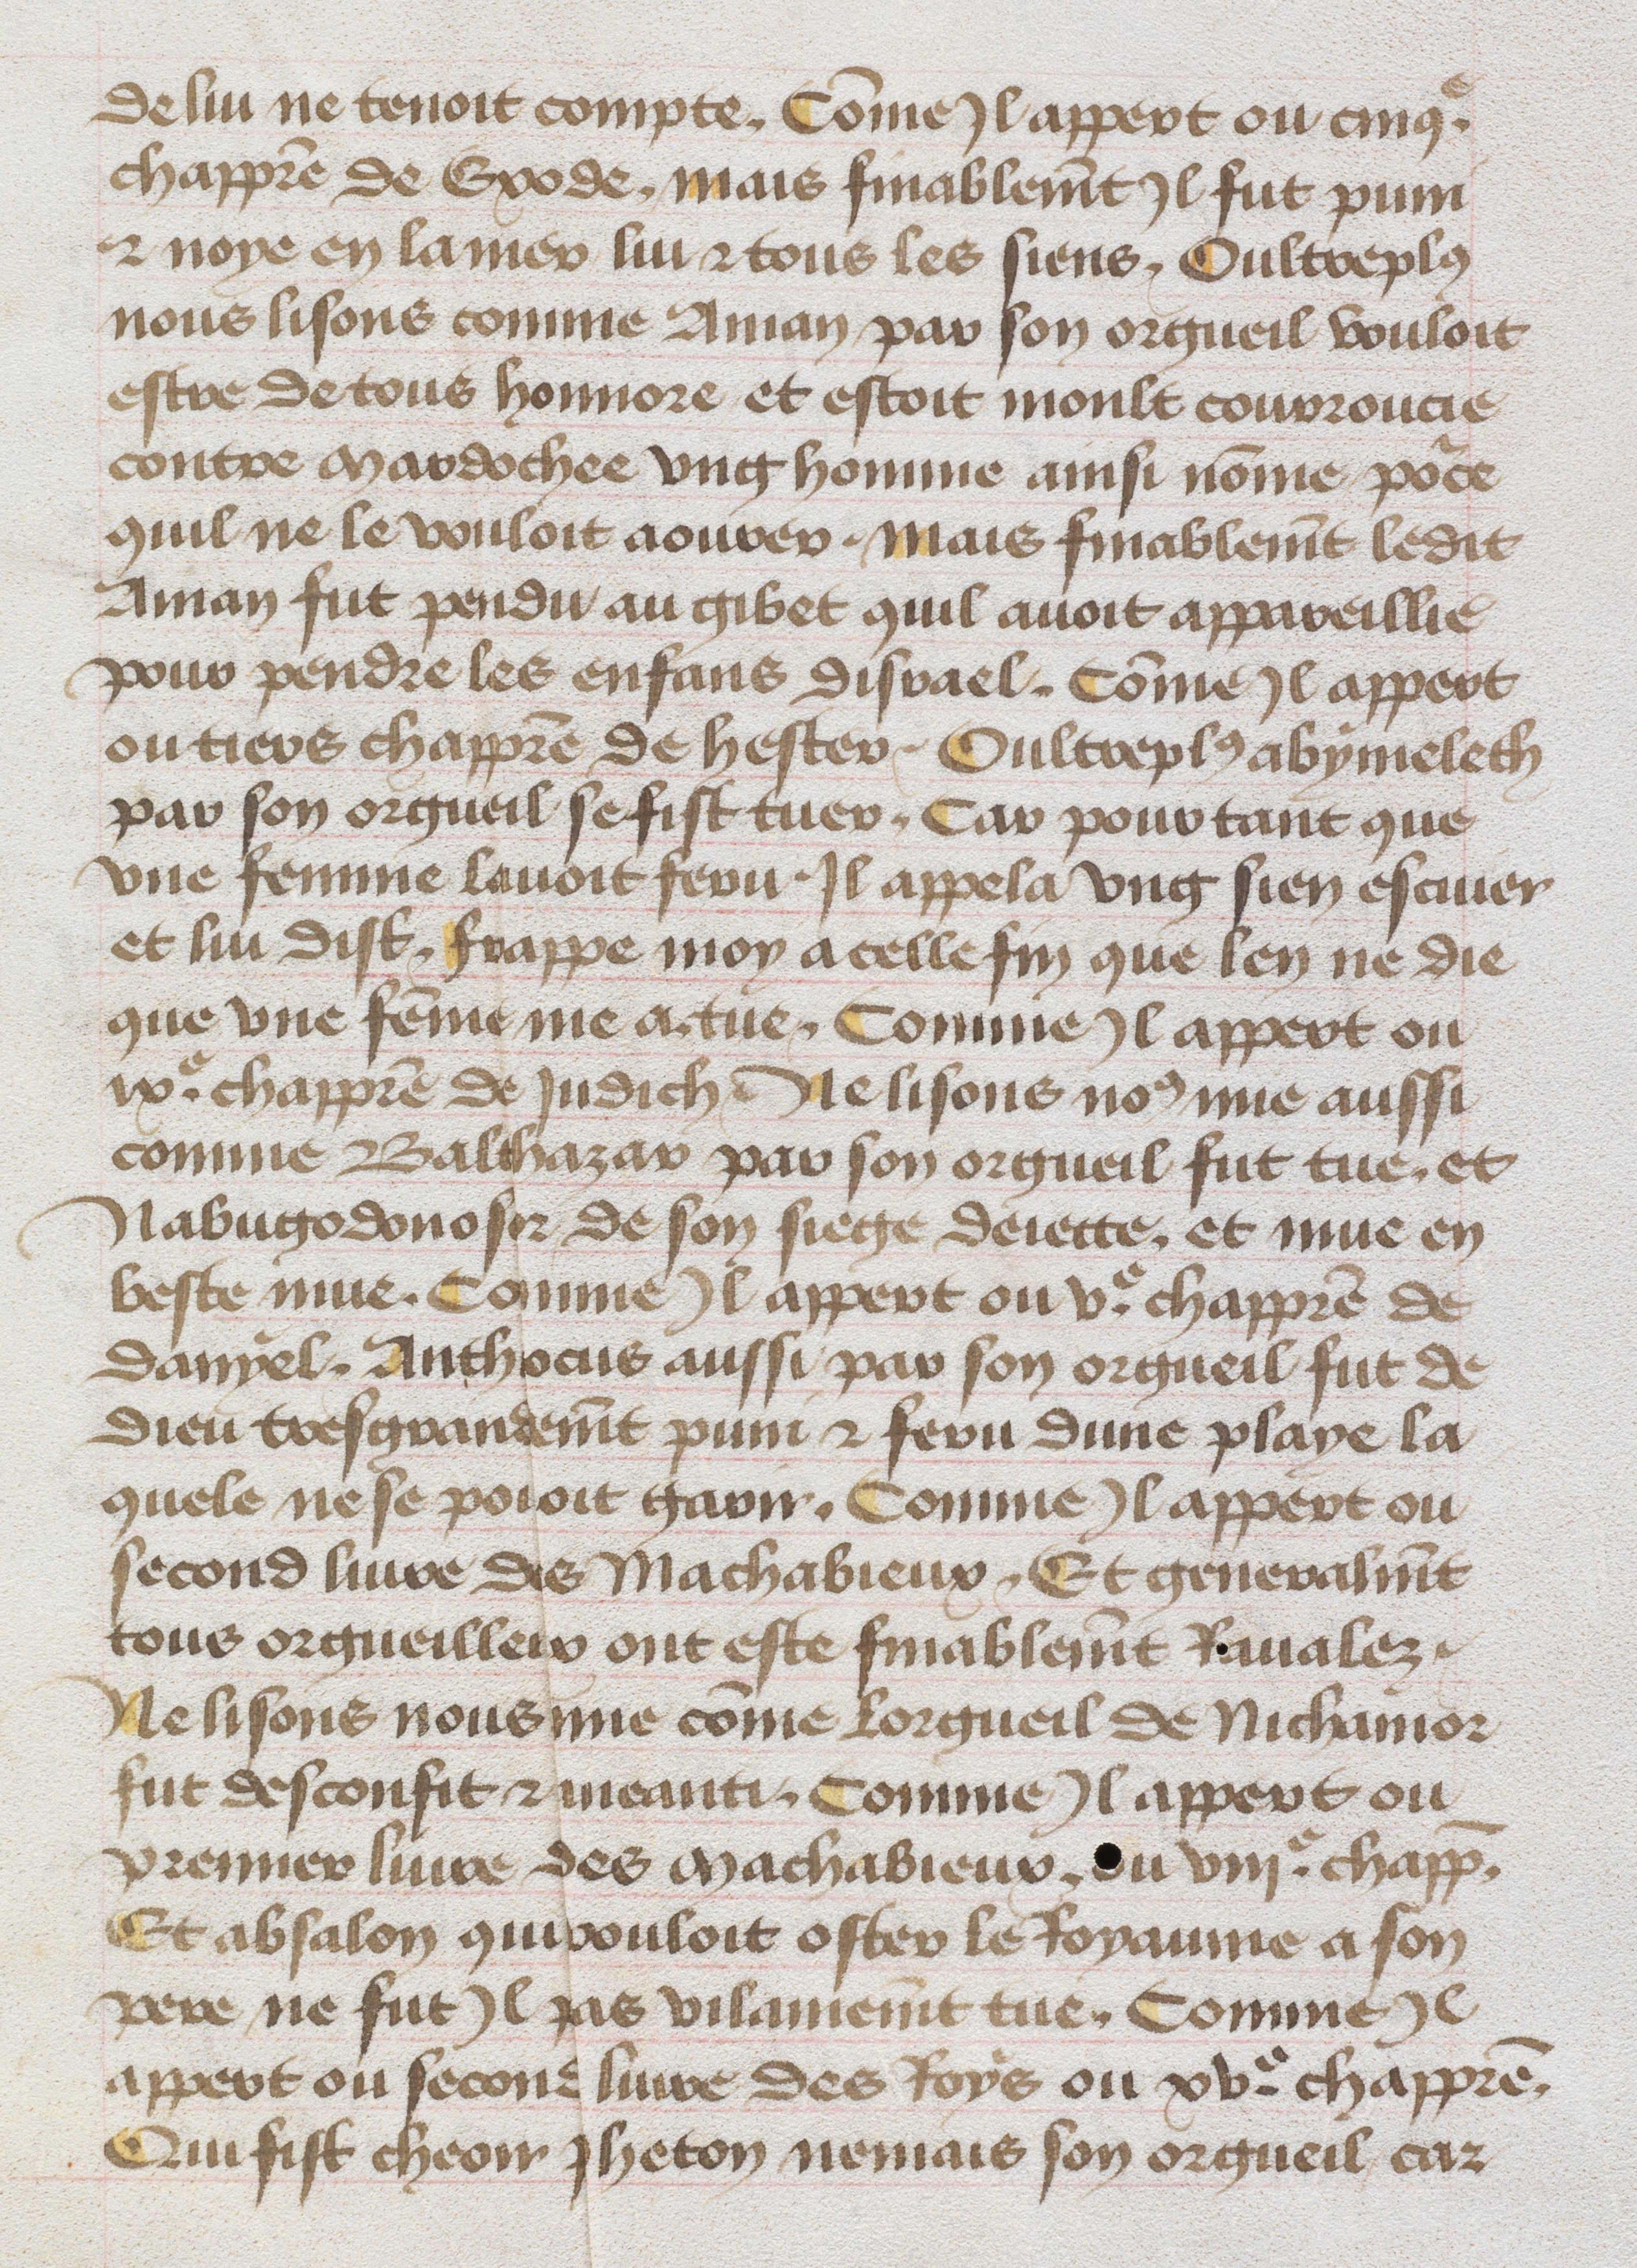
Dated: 1455–1485